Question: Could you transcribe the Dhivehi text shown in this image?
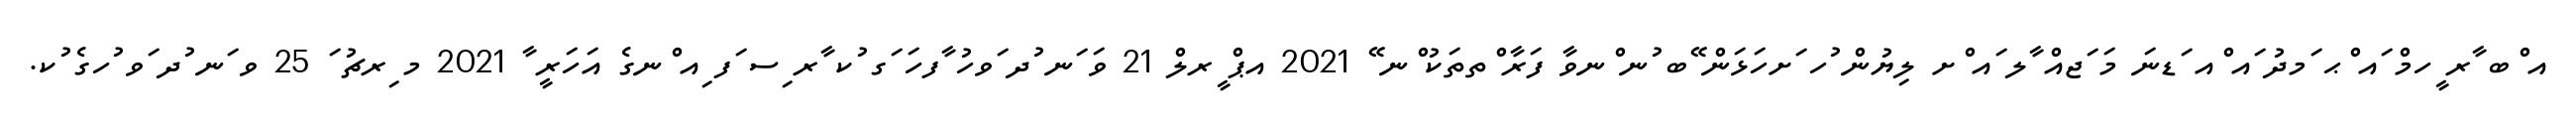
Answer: އ ްބ ާރ ީހމް ައ ްޙ ަމދު ައ ްއ ަޑނަ މަ ަޖއް ާލ ައ ްށ ލިޔުން ުހ ަށހަޅަން ޭބ ުނ ްނވާ ފަރާ ްތތަކު ްނ ޭ 2021 އޕް ީރލް 21 ވަ ަނ ުދ ަވހު ާފހަ ަގ ުކ ާރ ިސ ަފ ިއ ްނގެ އަހަރީ ާ 2021 މ ިރޗު ަ 25 ވ ަނ ުދ ަވ ުހގެ ުކ.